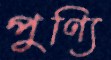
পুণ্যি